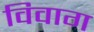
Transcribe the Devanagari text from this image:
विवाग